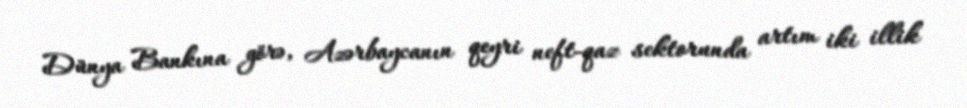
Dünya Bankına görə, Azərbaycanın qeyri neft-qaz sektorunda artım iki illik